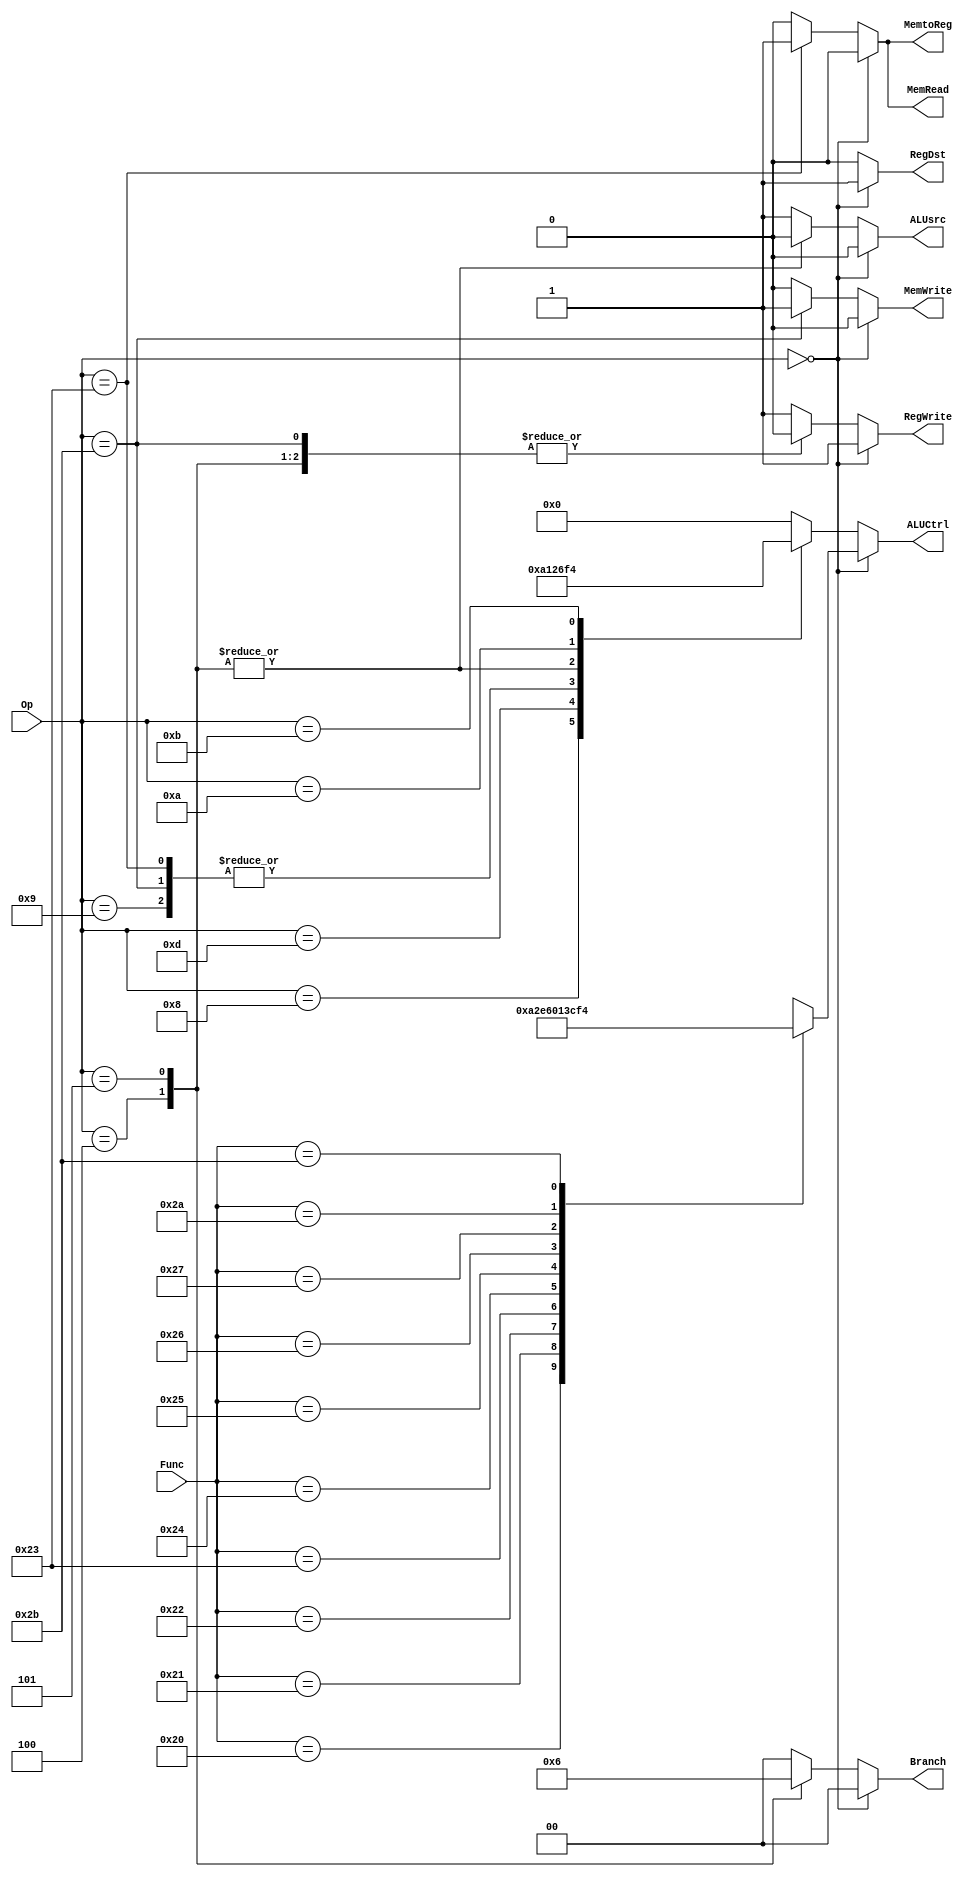
`timescale 1ns / 1ps
//////////////////////////////////////////////////////////////////////////////////
// Company: 
// Engineer: 
// 
// Design Name: 
// Module Name: control
// Project Name: 
// Target Devices: 
// Tool Versions: 
// Description: 
// 
// Dependencies: 
// 
// Revision:
// Revision 0.01 - File Created
// Additional Comments:
// 
//////////////////////////////////////////////////////////////////////////////////


module control(
    input [5:0] Op,
    input [5:0] Func,
    output reg RegWrite,
    output reg [3:0] ALUCtrl,
    output reg RegDst,
    output reg [1:0] Branch,
    output reg MemRead,
    output reg MemWrite,
    output reg MemtoReg,
    output reg ALUsrc
    );
    
    always@(*) begin
       if (Op == 6'b0) begin    //Detects R-Type Instruction
            RegWrite = 1'b1;    //Wrutes back to register file
            RegDst = 1'b1;      //Inst[15:11] as write back address
            Branch = 2'b00;
            MemRead = 1'b0;
            MemWrite = 1'b0;
            MemtoReg = 1'b0;
            ALUsrc = 1'b0;
            case(Func)
                6'h20: ALUCtrl = 4'b1010; //Add signed
                6'h21: ALUCtrl = 4'b0010; //Add unsigned
                6'h22: ALUCtrl = 4'b1110; //Subtract signed
                6'h23: ALUCtrl = 4'b0110; //Subtract unsigned
                6'h24: ALUCtrl = 4'b0000; //AND
                6'h25: ALUCtrl = 4'b0001; //OR
                6'h26: ALUCtrl = 4'b0011; //XOR
                6'h27: ALUCtrl = 4'b1100; //NOR
                6'h2a: ALUCtrl = 4'b1111; //Set less than signed
                6'h2b: ALUCtrl = 4'b0100; //Set less than unsigned
            default: ALUCtrl = 4'bxxxx; //default to AND
            endcase
       end
       else begin
            case(Op)
                6'h08: begin    //addi
                        ALUCtrl = 4'b1010;   //Add ALU content
                        RegWrite = 1'b1;     //Write back to register file
                        RegDst = 1'b0;      //Inst[20:16] write back address
                        Branch = 2'b00;      //No branch performed
                        MemRead = 1'b0;    //No read from data memory
                        MemWrite = 1'b0;    //No write to data memory
                        MemtoReg = 1'b0;    //Write back data comes from ALU
                        ALUsrc = 1'b1;      //Source B comes from SE immediate
                       end
                6'h09: begin    //addiu
                        ALUCtrl = 4'b0010;   
                        RegWrite = 1'b1;     
                        RegDst = 1'b0;      
                        Branch = 2'b00;      
                        MemRead = 1'b0;    
                        MemWrite = 1'b0;    
                        MemtoReg = 1'b0;    
                        ALUsrc = 1'b1;      
                       end
                6'h0c: begin    //andi
                        ALUCtrl = 4'b0000;   
                        RegWrite = 1'b1;     
                        RegDst = 1'b0;      
                        Branch = 2'b00;      
                        MemRead = 1'b0;    
                        MemWrite = 1'b0;    
                        MemtoReg = 1'b0;    
                        ALUsrc = 1'b1;      
                       end
                6'h0d: begin    //or1
                        ALUCtrl = 4'b0001;   
                        RegWrite = 1'b1;     
                        RegDst = 1'b0;      
                        Branch = 2'b00;      
                        MemRead = 1'b0;    
                        MemWrite = 1'b0;    
                        MemtoReg = 1'b0;    
                        ALUsrc = 1'b1;      
                       end
                6'h23: begin    //lw
                        ALUCtrl = 4'b0010;   
                        RegWrite = 1'b1;     
                        RegDst = 1'b0;      
                        Branch = 2'b00;      
                        MemRead = 1'b1;    
                        MemWrite = 1'b0;    
                        MemtoReg = 1'b1;    
                        ALUsrc = 1'b1;      
                       end
                6'h2b: begin    //sw
                        ALUCtrl = 4'b0010;   
                        RegWrite = 1'b0;     
                        RegDst = 1'b0;      
                        Branch = 2'b00;      
                        MemRead = 1'b0;    
                        MemWrite = 1'b1;    
                        MemtoReg = 1'b0;    
                        ALUsrc = 1'b1;      
                       end
                6'h04: begin    //beq
                        ALUCtrl = 4'b0110;   
                        RegWrite = 1'b0;     
                        RegDst = 1'b0;      
                        Branch = 2'b01;      
                        MemRead = 1'b0;    
                        MemWrite = 1'b0;    
                        MemtoReg = 1'b0;    
                        ALUsrc = 1'b0;      
                       end
                6'h05: begin    //bnq
                        ALUCtrl = 4'b0110;   
                        RegWrite = 1'b0;     
                        RegDst = 1'b0;      
                        Branch = 2'b10;      
                        MemRead = 1'b0;    
                        MemWrite = 1'b0;    
                        MemtoReg = 1'b0;    
                        ALUsrc = 1'b0;      
                       end
                6'h0a: begin    //slti
                        ALUCtrl = 4'b1111;   
                        RegWrite = 1'b1;     
                        RegDst = 1'b0;      
                        Branch = 2'b00;      
                        MemRead = 1'b0;    
                        MemWrite = 1'b0;    
                        MemtoReg = 1'b0;    
                        ALUsrc = 1'b1;      
                       end  
                6'h0b: begin    //sltiu
                        ALUCtrl = 4'b0100;   
                        RegWrite = 1'b1;     
                        RegDst = 1'b0;      
                        Branch = 2'b00;      
                        MemRead = 1'b0;    
                        MemWrite = 1'b0;    
                        MemtoReg = 1'b0;    
                        ALUsrc = 1'b1;      
                       end
                default: begin      //andi default
                            ALUCtrl = 4'b0000;
                            RegWrite = 1'b1;     
                            RegDst = 1'b0;
                            Branch = 2'b00;
                            MemRead = 1'b0;
                            MemWrite = 1'b0;
                            MemtoReg = 1'b0;
                            ALUsrc = 1'b1; 
                         end
                endcase
       end
    end
endmodule